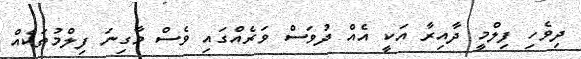
ދިވެހި ފިލްމީ ދާއިރާ އަކީ އެއް ދުވަސް ވަރެއްގައި ވެސް މާގިނަ ފިލްމުތަކެއް